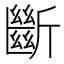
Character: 斷